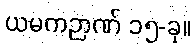
ယမကဉာဏ် ၁၅-ခု။